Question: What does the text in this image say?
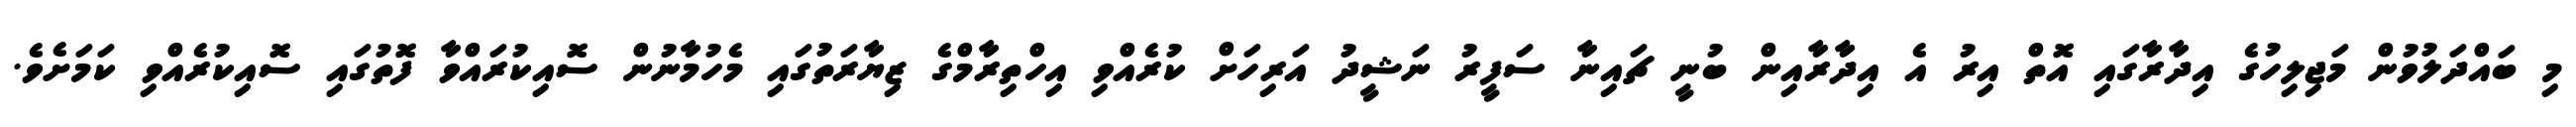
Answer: މި ބައްދަލުވުން މަޖިލިހުގެ އިދާރާގައި އޮތް އިރު އެ އިދާރާއިން ބުނީ ޗައިނާ ސަފީރު ނަޝީދު އަރިހަށް ކުރެއްވި އިހްތިރާމްގެ ޒިޔާރަތުގައި މެހުމާނުން ސޮއިކުރައްވާ ފޮތުގައި ސޮއިކުރެއްވި ކަމަށެވެ.